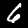
Label: 6